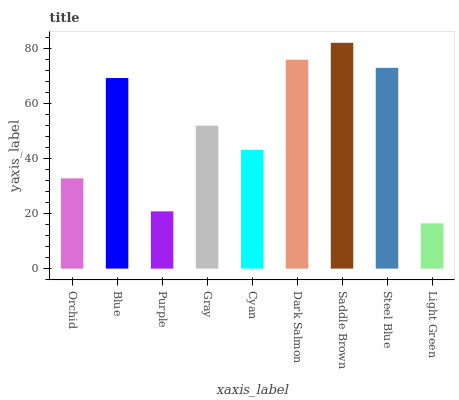
| xaxis_label | bars |
 | --- | --- |
 | Orchid | 32.8 |
 | Blue | 69.3 |
 | Purple | 20.8 |
 | Gray | 51.9 |
 | Cyan | 43.1 |
 | Dark Salmon | 75.9 |
 | Saddle Brown | 82.1 |
 | Steel Blue | 73 |
 | Light Green | 16.5 |